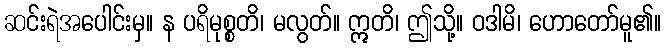
ဆင်းရဲအပေါင်းမှ။ န ပရိမုစ္စတိ၊ မလွတ်။ ဣတိ၊ ဤသို့။ ဝဒါမိ၊ ဟောတော်မူ၏။